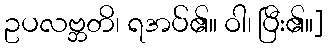
ဥပလဗ္ဘတိ၊ ရအပ်၏။ ဝါ၊ ပြီး၏။]